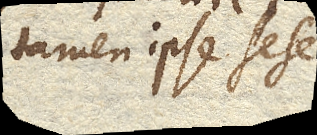
tamen ipse sese.